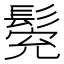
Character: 𩭕